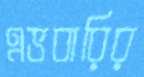
এভবারির